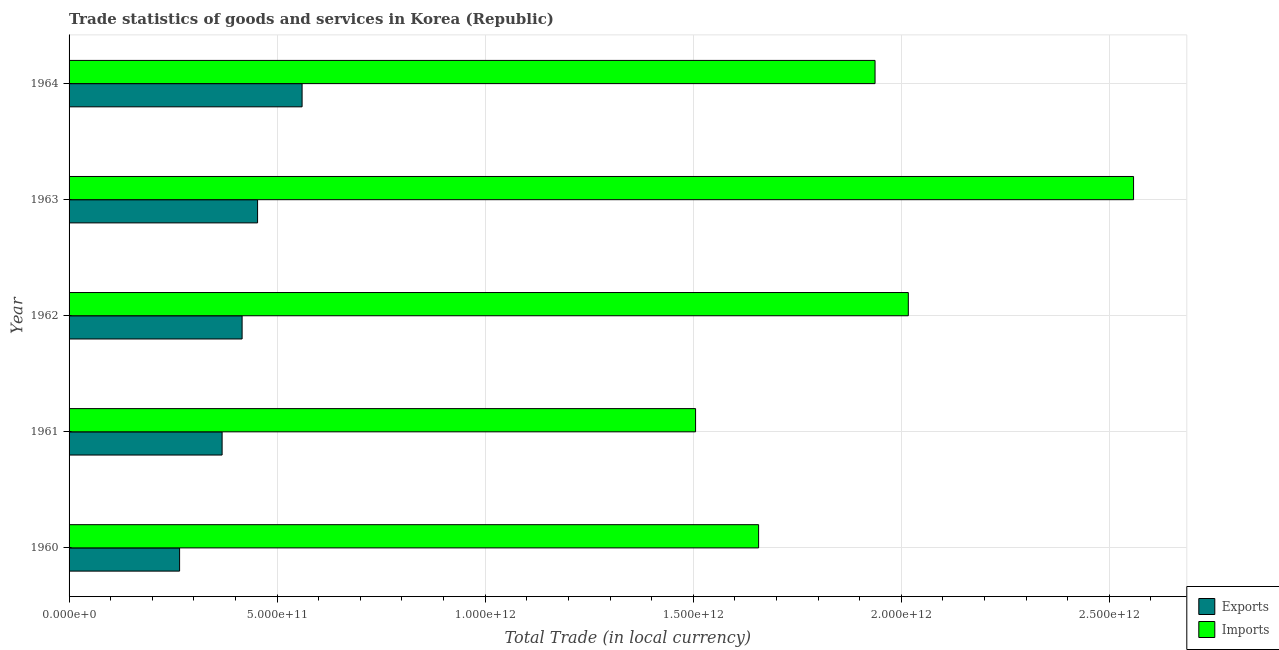
| Year | Exports | Imports |
 | --- | --- | --- |
 | 1960 | 2.66e+11 | 1.66e+12 |
 | 1961 | 3.68e+11 | 1.51e+12 |
 | 1962 | 4.16e+11 | 2.02e+12 |
 | 1963 | 4.53e+11 | 2.56e+12 |
 | 1964 | 5.6e+11 | 1.94e+12 |